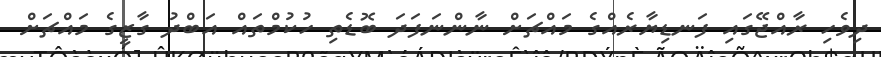
ދިވެހި ރާއްޖޭގައި ފަނޑިޔާރެއްގެ މައްޗަށް ނާންނަފަދަ ބޮޑެތި ހުކުމްތައް އަބްދު ގާޒީގެ މައްޗަށް